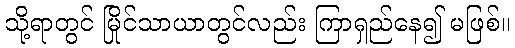
သို့ရာတွင် မြိုင်သာယာတွင်လည်း ကြာရှည်နေ၍ မဖြစ်။